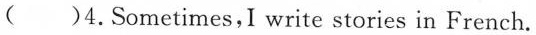
( )4. Sometimes,I write stories in French.